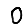
Digit: 0